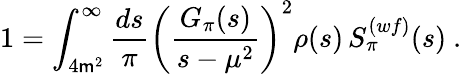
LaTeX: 1=\int_{4\mathsf{m}^{2}}^{\infty}\frac{{ds}}{{\pi}}\left(\frac{{G_{\pi}(s)}}{{s-\mu^{2}}}\right)^{2}\rho(s)\, S_{\pi}^{(wf)}(s)\ .